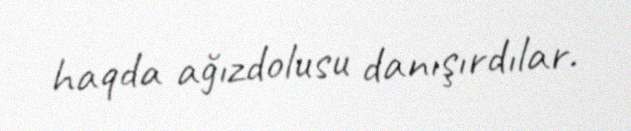
haqda ağızdolusu danışırdılar.